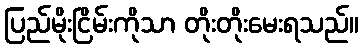
ပြည်မိုးငြိမ်းကိုသာ တိုးတိုးမေးရသည်။